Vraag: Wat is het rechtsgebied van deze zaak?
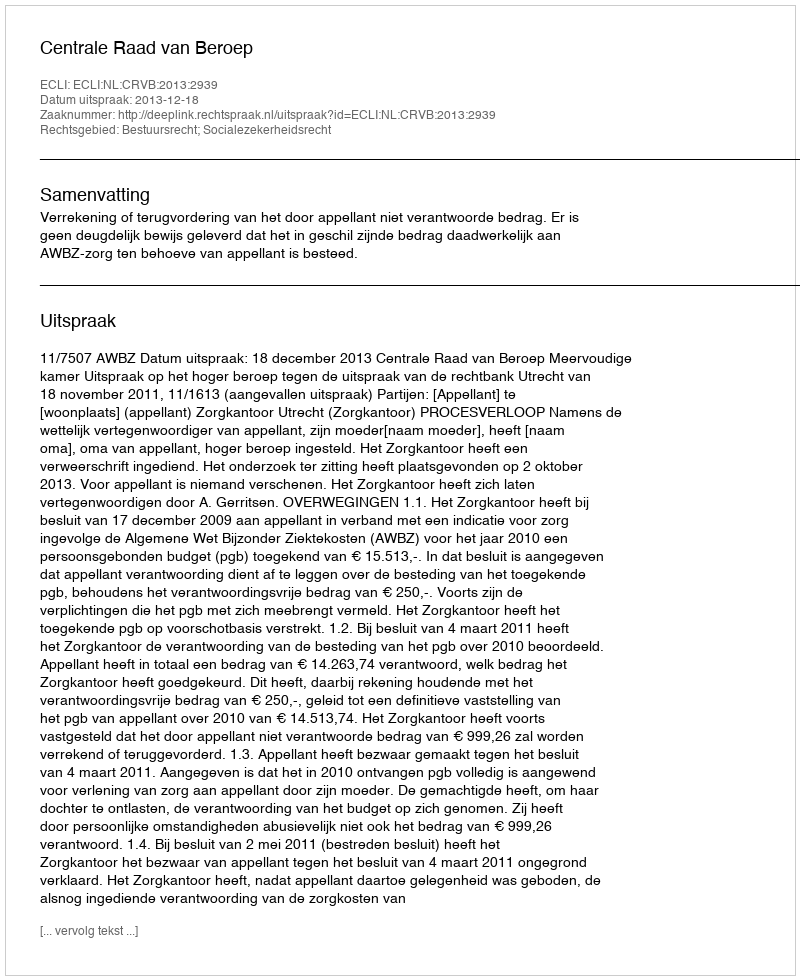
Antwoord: Bestuursrecht; Socialezekerheidsrecht